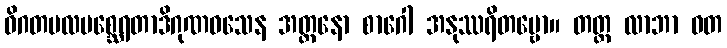
ဝိဂတမလမစ္ဆေရတာဒိဂုဏဝသေန အတ္တနော စာဂေါ အနုဿရိတဗ္ဗော။ တတ္ထ လာဘာ ဝတ